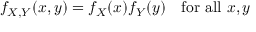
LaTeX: f _ { X , Y } ( x , y ) = f _ { X } ( x ) f _ { Y } ( y ) \quad { \mathrm { f o r ~ a l l ~ } } x , y